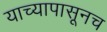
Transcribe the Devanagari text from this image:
याच्यापासूनच